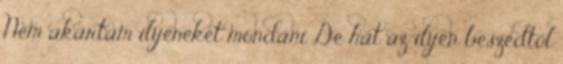
Nem akartam ilyeneket mondani De hát az ilyen beszédtől